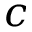
c